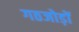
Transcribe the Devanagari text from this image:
गठजोड़ों